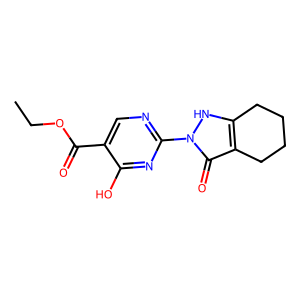
SMILES: CCOC(=O)c1cnc(-n2[nH]c3c(c2=O)CCCC3)nc1O
Inhibits HIV replication: No